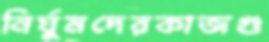
নির্ঘুমদেরকাজগু